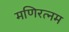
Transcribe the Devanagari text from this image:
मणिरत्‍नम